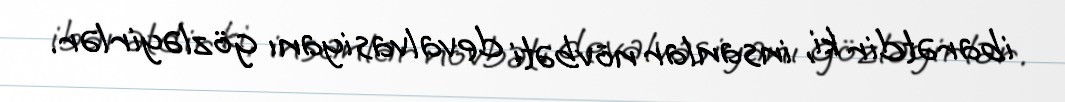
ibarətdir ki, insanlar növbəti devalvasiyanı gözləyirlər.